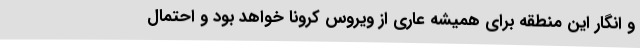
و انگار این منطقه برای همیشه عاری از ویروس کرونا خواهد بود و احتمال